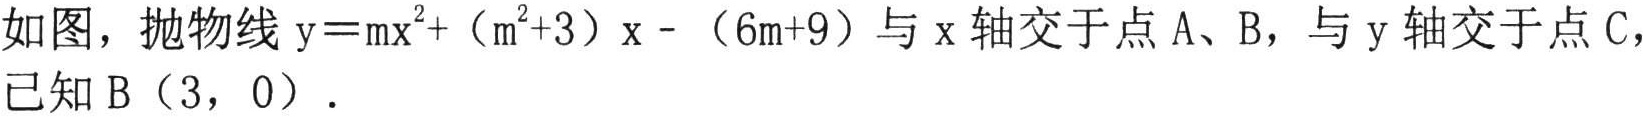
如图，抛物线\(y = mx^{2}+(m^{2}+3)x-(6m + 9)\)与\(x\)轴交于点\(A\)、\(B\)，与\(y\)轴交于点\(C\)，已知\(B(3,0)\).